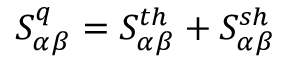
S _ { \alpha \beta } ^ { q } = S _ { \alpha \beta } ^ { t h } + S _ { \alpha \beta } ^ { s h }